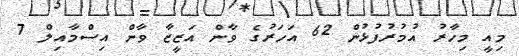
މިއީ މިހާރު އުމުރުފުޅުން 62 އަހަރުގެ ވާން އަޒީޒާ ވާން އިސްމާއިލް 7